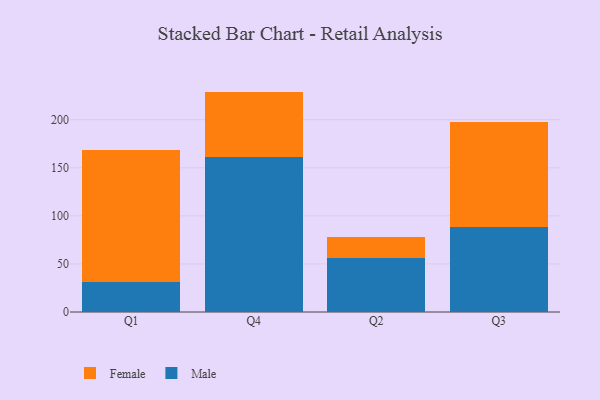
{"axis": {"x": "Quarter", "y": "Backlog"}, "legend": ["Female", "Male"], "data": [{"x": "Q1", "y": 31.1, "type": "Male"}, {"x": "Q1", "y": 137.6, "type": "Female"}, {"x": "Q4", "y": 161.3, "type": "Male"}, {"x": "Q4", "y": 67.9, "type": "Female"}, {"x": "Q2", "y": 56.5, "type": "Male"}, {"x": "Q2", "y": 21.1, "type": "Female"}, {"x": "Q3", "y": 88.6, "type": "Male"}, {"x": "Q3", "y": 108.6, "type": "Female"}]}